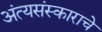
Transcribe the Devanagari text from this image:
अंत्यसंस्काराचे